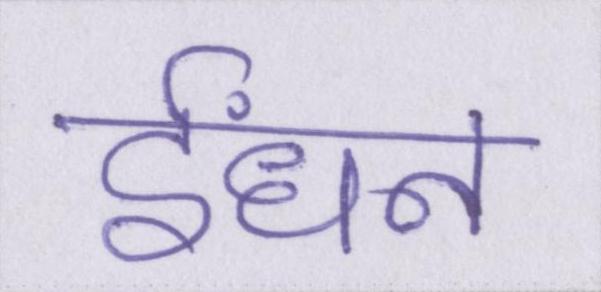
ईंधन